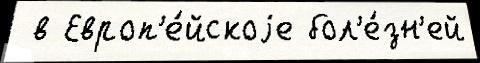
 в Европ'е́йскоjе бол'е́зн'ей